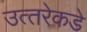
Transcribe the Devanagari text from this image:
उत्‍तरेकडे